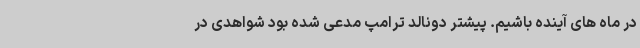
در ماه های آینده باشیم. پیشتر دونالد ترامپ مدعی شده بود شواهدی در